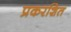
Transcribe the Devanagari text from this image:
प्रकरशित